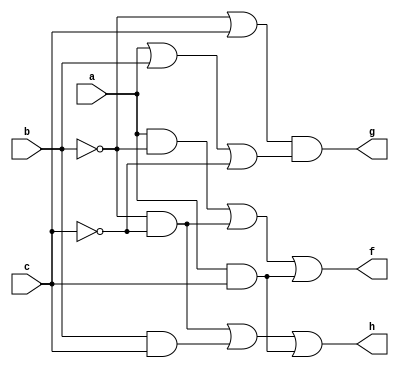
// lines start with // is a comment

// name: p3.v // gate level model
module p3(f, g, h, a, b, c); //you list all inputs and outputs, by convention outputs go first
	output f, g, h; // this tells the compile which lines are inputs and outputs
	input a, b, c;
	
	not n2 (inv_b, b); // defines the inverter gate, see figure
	not n3 (inv_c, c); // defines the inverter gate, see figure
	
	and f_a1 (f_a1_o, a, inv_b); // defines the f_a1 gate, see figure
	and f_a2 (f_a2_o, inv_b, inv_c); // defines the f_a2 gate, see figure
	and f_a3 (f_a3_o, a, c); // defines the f_a3 gate, see figure
	or f_o (f, f_a1_o, f_a2_o, f_a3_o); // defines the f_o gate, see figure
	
	or g_o1 (g_o1_o, inv_b, c); // defines the g_o1 gate, see figure
	or g_o2 (g_o2_o, a, b, inv_c); // defines the g_o2 gate, see figure
	and g_a (g, g_o1_o, g_o2_o); // defines the g_a gate, see figure
	
	and h_a1 (h_a1_o, inv_b, inv_c); // defines the h_a1 gate, see figure
	and h_a2 (h_a2_o, b, c); // defines the h_a2 gate, see figure
	and h_a3 (h_a3_o, a, c); // defines the h_a3 gate, see figure
	or h_o (h, h_a1_o, h_a2_o, h_a3_o); // defines the h_o gate, see figure
endmodule